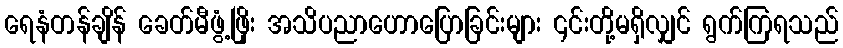
ရေနံတန်ချိန် ခေတ်မီဖွံ့ဖြိုး အသိပညာဟောပြောခြင်းများ ၎င်းတို့မရှိလျှင် ရွက်ကြရသည်